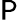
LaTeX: \sf P